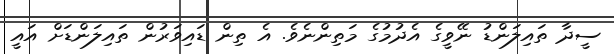
ސީދާ ތައިލަންޑު ނޭވީގެ އެދުމުގެ މަތިންނެވެ. އެ ތިން ޑައިވަރުން ތައިލަންޑަށް އައީ